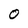
Character: 0